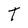
Character: T